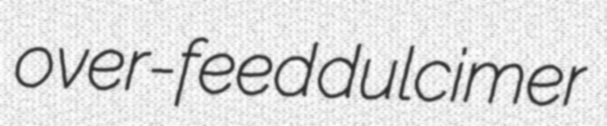
over-feed dulcimer